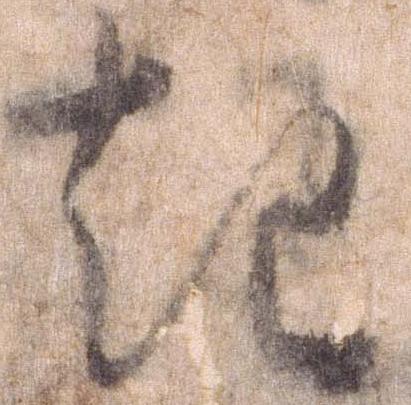
起